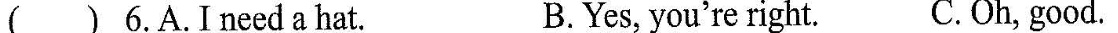
( ) 6.A.Ineeda hat. B.Yes, you're right. C.Oh, good.